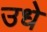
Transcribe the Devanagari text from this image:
उधे